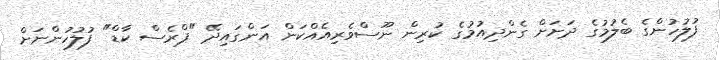
ފުލުހުންގެ ބެލުމުގެ ދަށަށް ގެންދިއުމުގެ ކުރިން ނޫސްވެރިއެއްކަން އަންގައިދޭ "ޕްރެސް ކާޑް" ފުލުހުންނަށް